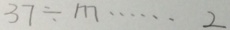
3 7 \div m \cdots 2